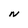
Character: N